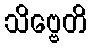
သိဗ္ဗေတိ